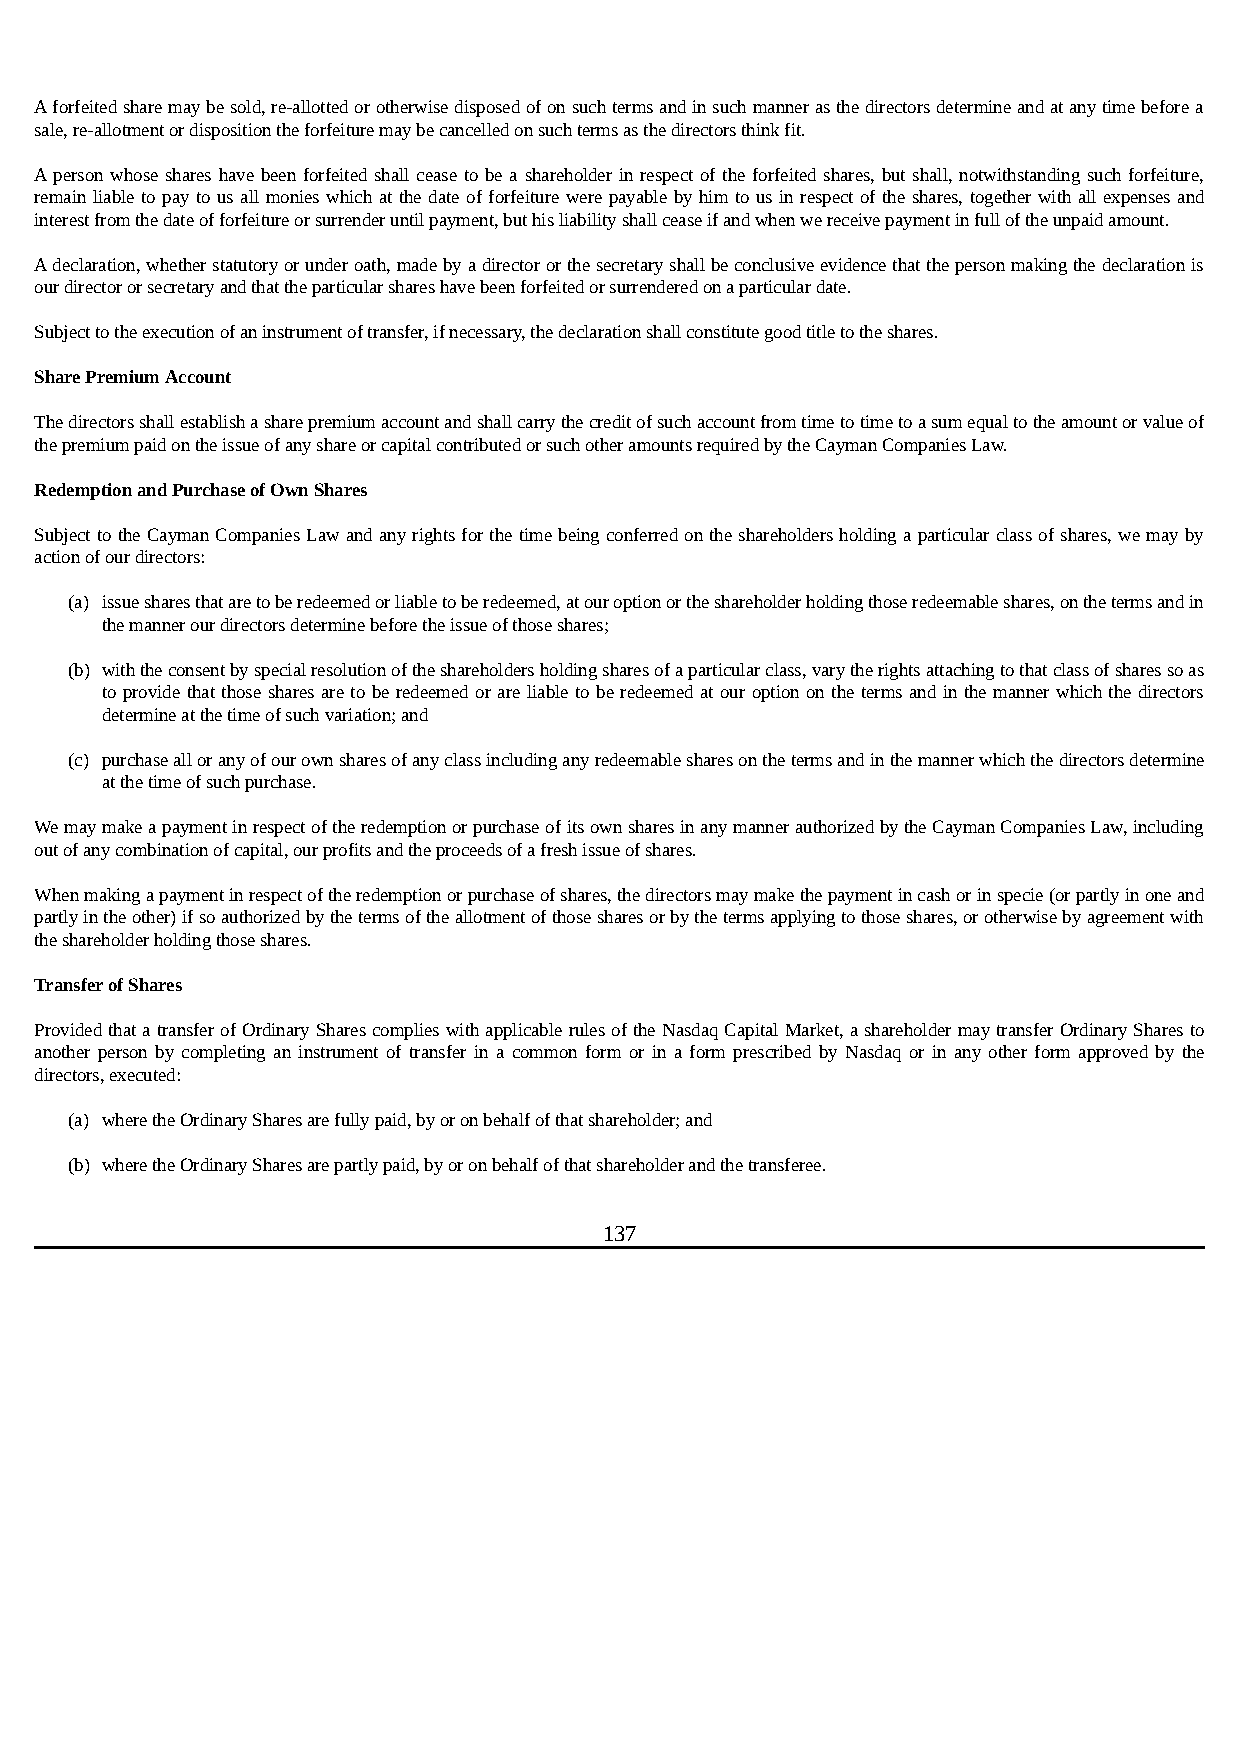
A forfeited share may be sold, re-allotted or otherwise disposed of on such terms and in such manner as the directors determine and at any time before a
 sale, re-allotment or disposition the forfeiture may be cancelled on such terms as the directors think fit.
 A person whose shares have been forfeited shall cease to be a shareholder in respect of the forfeited shares, but shall, notwithstanding such forfeiture,
 remain liable to pay to us all monies which at the date of forfeiture were payable by him to us in respect of the shares, together with all expenses and
 interest from the date of forfeiture or surrender until payment, but his liability shall cease if and when we receive payment in full of the unpaid amount.
 A declaration, whether statutory or under oath, made by a director or the secretary shall be conclusive evidence that the person making the declaration is
 our director or secretary and that the particular shares have been forfeited or surrendered on a particular date.
 Subject to the execution of an instrument of transfer, if necessary, the declaration shall constitute good title to the shares.
 Share Premium Account
 The directors shall establish a share premium account and shall carry the credit of such account from time to time to a sum equal to the amount or value of
 the premium paid on the issue of any share or capital contributed or such other amounts required by the Cayman Companies Law.
 Redemption and Purchase of Own Shares
 Subject to the Cayman Companies Law and any rights for the time being conferred on the shareholders holding a particular class of shares, we may by
 action of our directors:
 (a) issue shares that are to be redeemed or liable to be redeemed, at our option or the shareholder holding those redeemable shares, on the terms and in
 the manner our directors determine before the issue of those shares;
 (b) with the consent by special resolution of the shareholders holding shares of a particular class, vary the rights attaching to that class of shares so as
 to provide that those shares are to be redeemed or are liable to be redeemed at our option on the terms and in the manner which the directors
 determine at the time of such variation; and
 (c) purchase all or any of our own shares of any class including any redeemable shares on the terms and in the manner which the directors determine
 at the time of such purchase.
 We may make a payment in respect of the redemption or purchase of its own shares in any manner authorized by the Cayman Companies Law, including
 out of any combination of capital, our profits and the proceeds of a fresh issue of shares.
 When making a payment in respect of the redemption or purchase of shares, the directors may make the payment in cash or in specie (or partly in one and
 partly in the other) if so authorized by the terms of the allotment of those shares or by the terms applying to those shares, or otherwise by agreement with
 the shareholder holding those shares.
 Transfer of Shares
 Provided that a transfer of Ordinary Shares complies with applicable rules of the Nasdaq Capital Market, a shareholder may transfer Ordinary Shares to
 another person by completing an instrument of transfer in a common form or in a form prescribed by Nasdaq or in any other form approved by the
 directors, executed:
 (a) where the Ordinary Shares are fully paid, by or on behalf of that shareholder; and
 (b) where the Ordinary Shares are partly paid, by or on behalf of that shareholder and the transferee.
 137